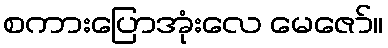
စကားပြောအုံးလေ မေဇော်။